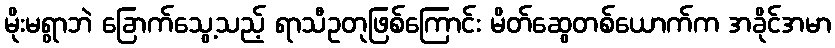
မိုးမရွာဘဲ ခြောက်သွေ့သည့် ရာသီဥတုဖြစ်ကြောင်း မိတ်ဆွေတစ်ယောက်က အခိုင်အမာ